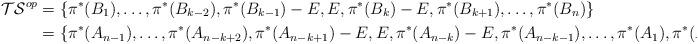
LaTeX: \begin{align*} \mathcal{TS}^{op}&=\{\pi^*(B_1),\ldots,\pi^*(B_{k-2}),\pi^*(B_{k-1})-E,E,\pi^*(B_{k})-E,\pi^*(B_{k+1}),\ldots,\pi^*(B_n)\}\\ &=\{\pi^*(A_{n-1}),\ldots,\pi^*(A_{n-k+2}),\pi^*(A_{n-k+1})-E,E,\pi^*(A_{n-k})-E,\pi^*(A_{n-k-1}),\ldots,\pi^*(A_1),\pi^*(A_n)\} \end{align*}